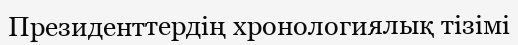
Президенттердің хронологиялық тізімі